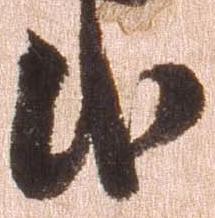
武